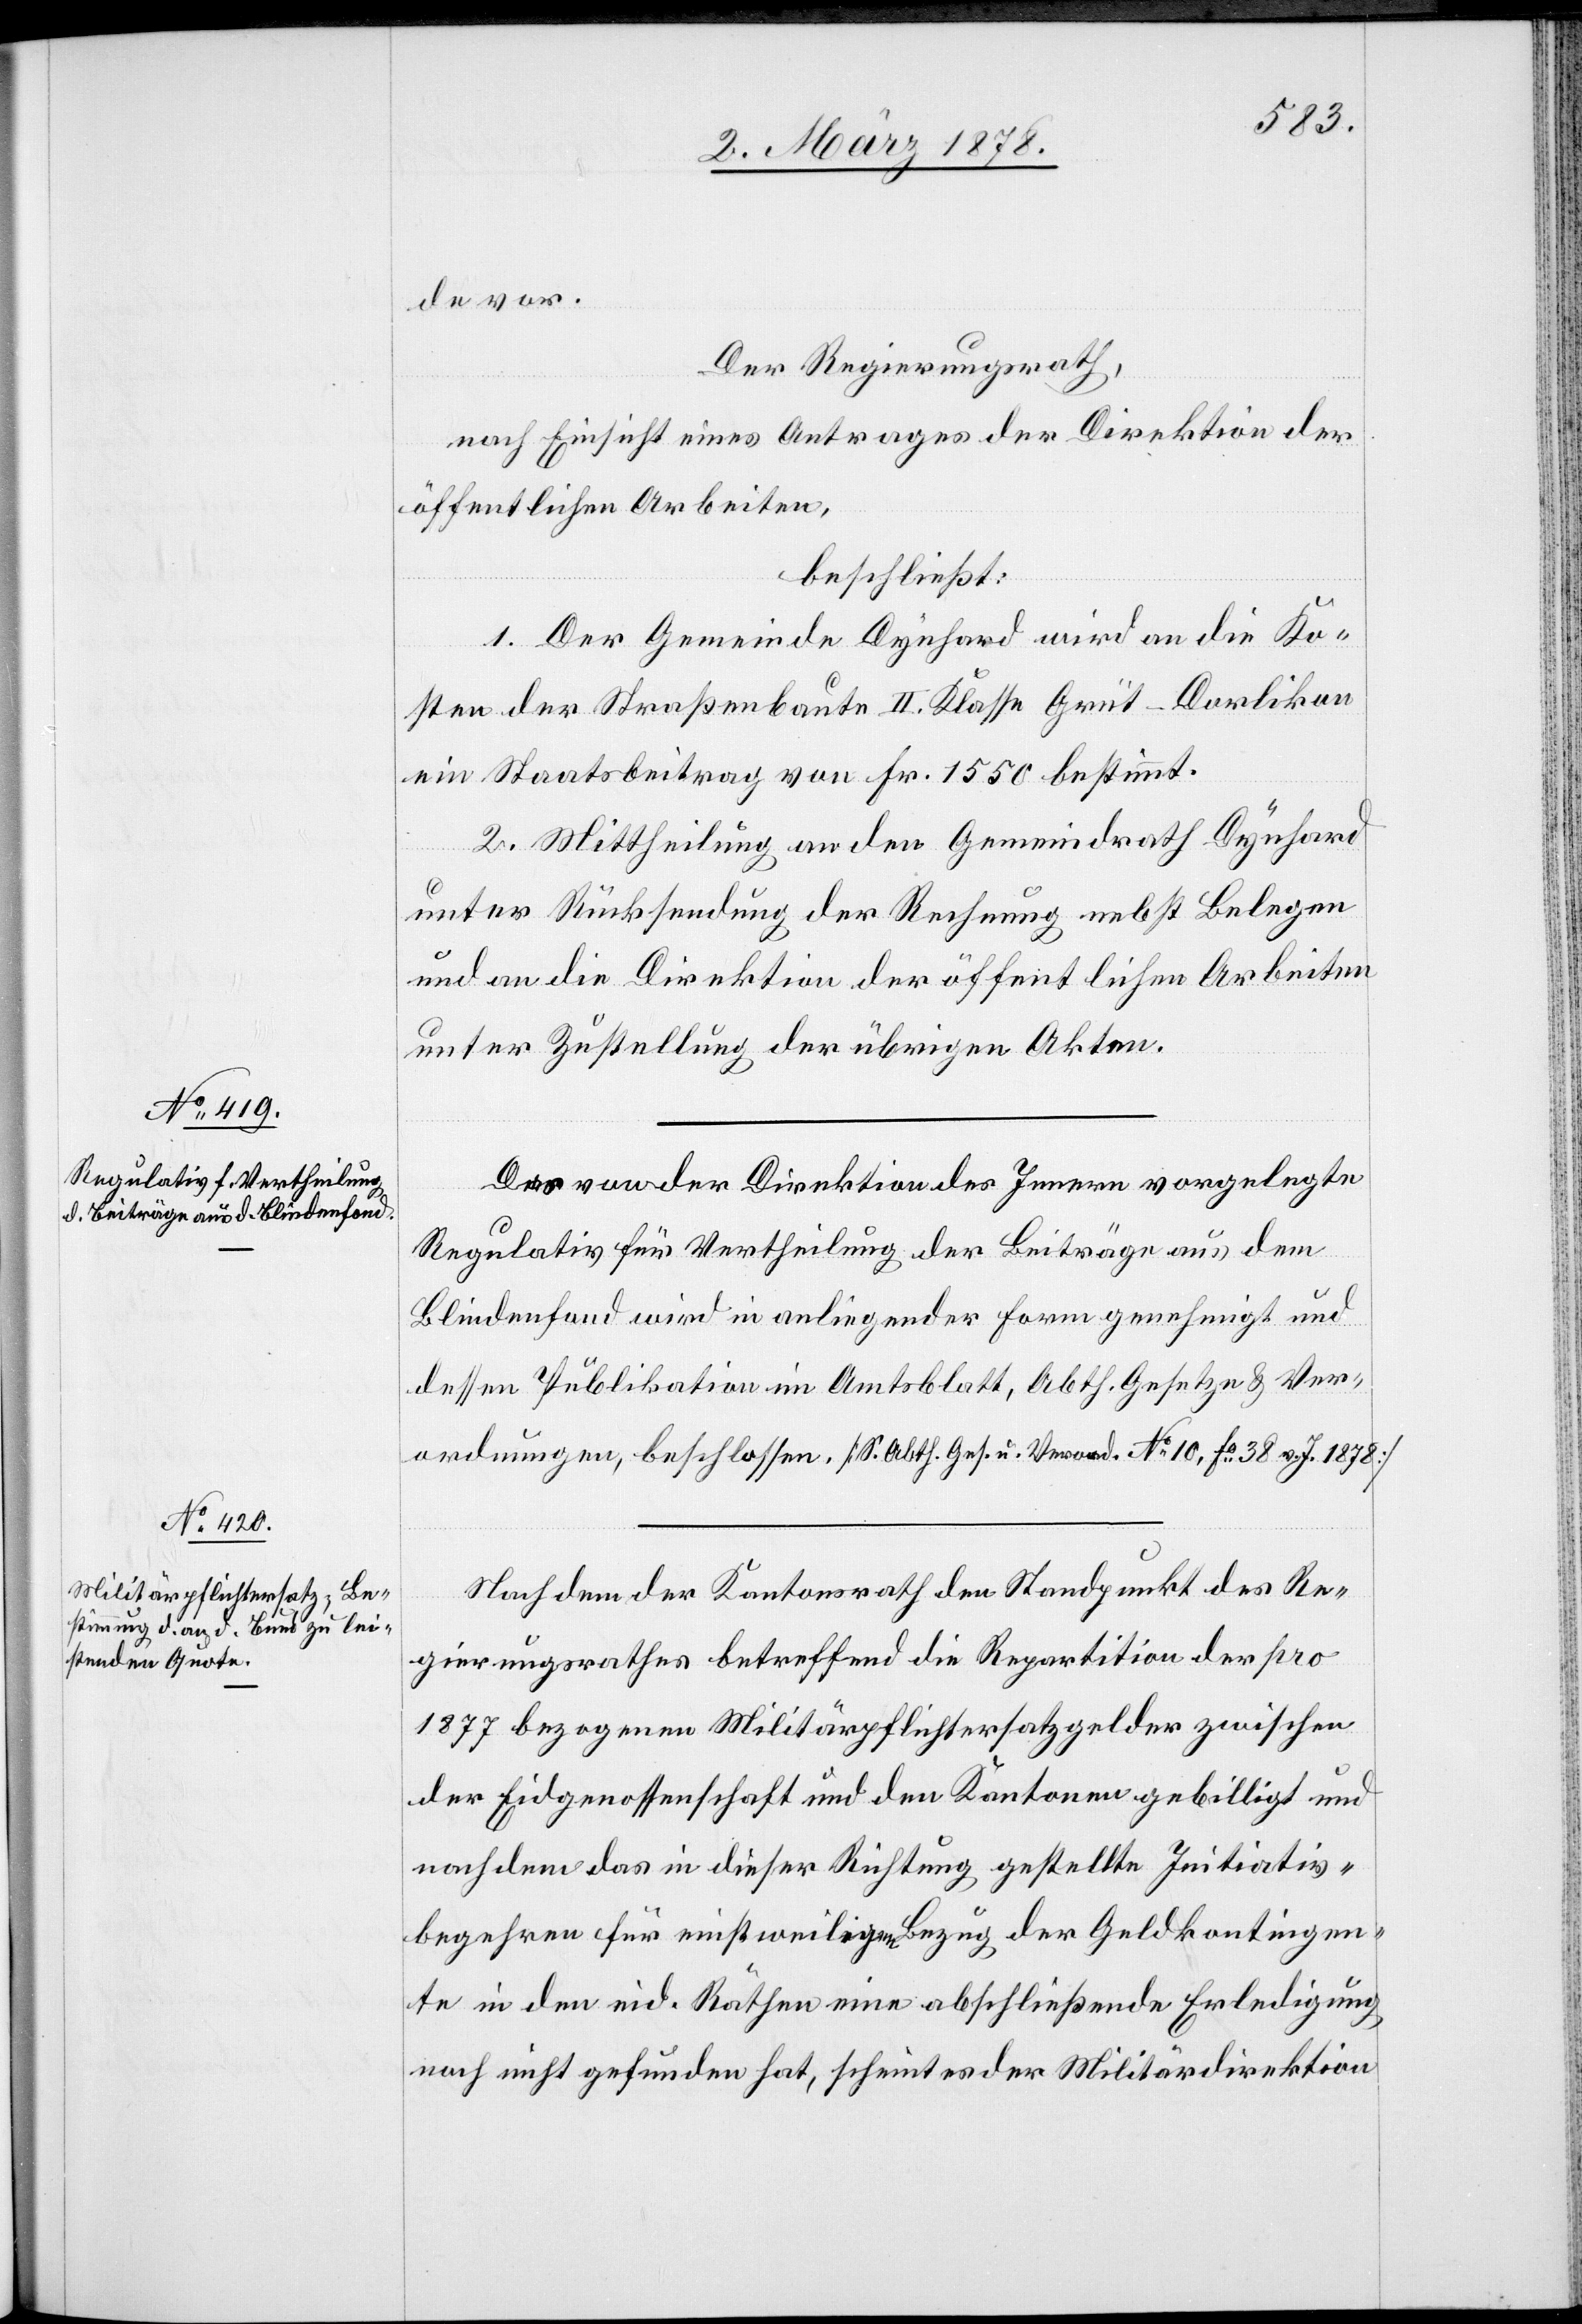
de vor.
Der Regierungsrath,
nach Einsicht eines Antrages der Direktion der
öffentlichen Arbeiten,
beschließt:
1. Der Gemeinde Dynhard wird an die Ko¬
sten der Straßenbaute II. Klasse Grüt–Dorlikon
ein Staatsbeitrag von Fr. 1550 bestimmt.
2. Mittheilung an den Gemeindrath Dynhard
unter Rücksendung der Rechnung nebst Belegen
und an die Direktion der öffentlichen Arbeiten
unter Zustellung der übrigen Akten.
Der von der Direktion des Innern vorgelegte
Regulativ für Vertheilung der Beiträge aus dem
Blindenfond wird in anliegender Form genehmigt und
dessen Publikation im Amtsblatt, Abth. Gesetze & Ver¬
ordnungen, beschlossen. [S. Abth. Ges. u. Verord. No 10, Fo 38 v. J. 1878]
Nach dem der Kantonsrath den Standpunkt des Re¬
gierungsrathes betreffend die Repartition der pro
1877 bezogenen Militärpflichtersatzgelder zwischen
der Eidgenossenschaft und den Kantonen gebilligt und
nach dem das in dieser Richtung gestellte Initiativ¬
begehren für einstweiligen Bezug der Geldkontingen¬
te in den eid. Räthen eine abschließende Erledigung
noch nicht gefunden hat, scheint es der Militärdirektion